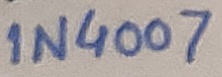
Text: 1N4007